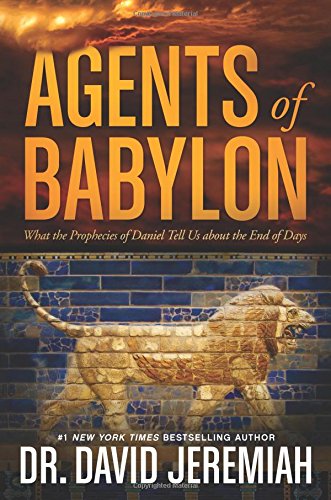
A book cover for Agents of Babylon: What the Prophecies of Daniel Tell Us about the End of Days; David Jeremiah; Christian Books & Bibles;